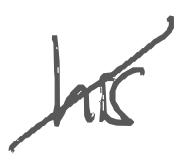
Text: his
Cross-out: diagonal
Writing tool: digital_gray